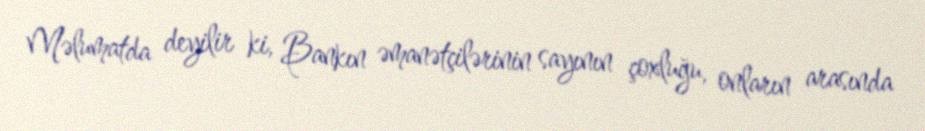
Məlumatda deyilir ki, Bankın əmanətçilərinin sayının çoxluğu, onların arasında